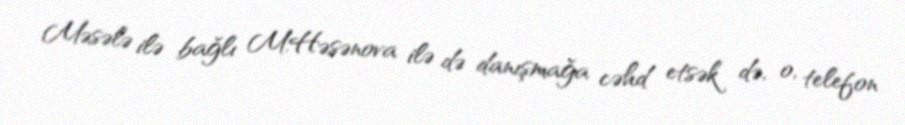
Məsələ ilə bağlı M.Həsənova ilə də danışmağa cəhd etsək də, o, telefon